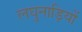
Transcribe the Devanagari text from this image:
लघुनाड़ियों